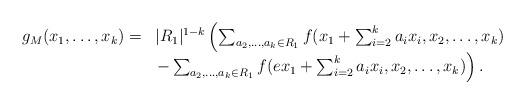
LaTeX: \begin{align*} \begin{array}{ll} g_M(x_1,\dots,x_k) = & |R_1|^{1-k} \left(\sum_{a_2,\dots,a_k\in R_1} f(x_1+\sum_{i=2}^k a_i x_i,x_2,\dots,x_k) \right. \\ & \left. - \sum_{a_2,\dots,a_k\in R_1} f(ex_1+\sum_{i=2}^k a_i x_i,x_2,\dots,x_k)\right). \end{array}\end{align*}